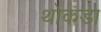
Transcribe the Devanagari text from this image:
थोकडा